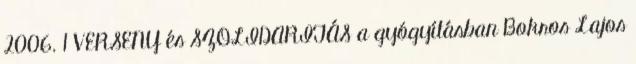
2006. 1 VERSENY és SZOLIDARITÁS a gyógyításban Bokros Lajos